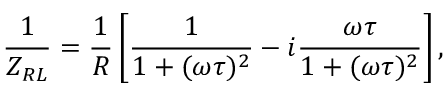
\frac { 1 } { Z _ { R L } } = \frac { 1 } { R } \left[ \frac { 1 } { 1 + ( \omega \tau ) ^ { 2 } } - i \frac { \omega \tau } { 1 + ( \omega \tau ) ^ { 2 } } \right] ,